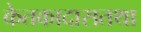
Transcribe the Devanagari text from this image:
केतकादासतथा